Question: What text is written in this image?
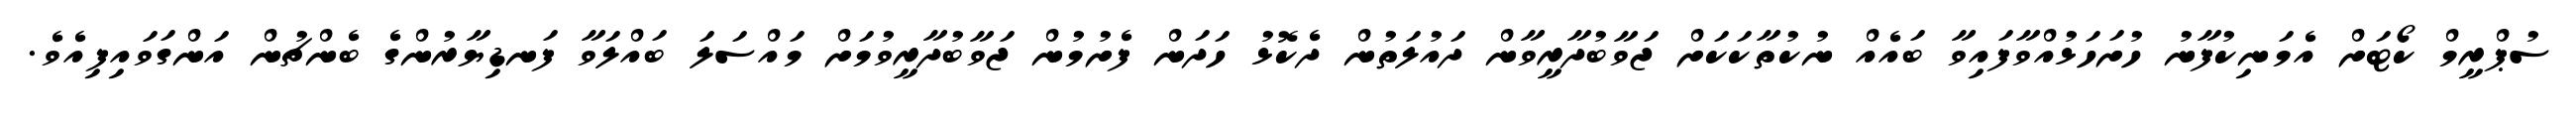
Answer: ސުޕްރީމް ކޯޓަށް އެމަނިކުފާނު ހުށަހަޅުއްވާފައިވާ ބައެއް ނުކުތާކަކަށް ޖަވާބުދާރީވާން ދައުލަތުން ދެކޮޅު ހަދަން ފެށުމުން ޖަވާބުދާރީވުމަށް މައްސަލަ ބައްލަވާ ފަނޑިޔާރުންގެ ބެންޗުން އަންގަވައިފިއެވެ.